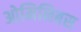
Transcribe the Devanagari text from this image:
ओमिनिबस